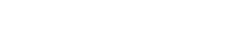
ဝေမိုးအောင် ငြင်းရသည်။